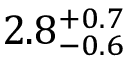
2 . 8 _ { - 0 . 6 } ^ { + 0 . 7 }